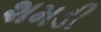
શમડી